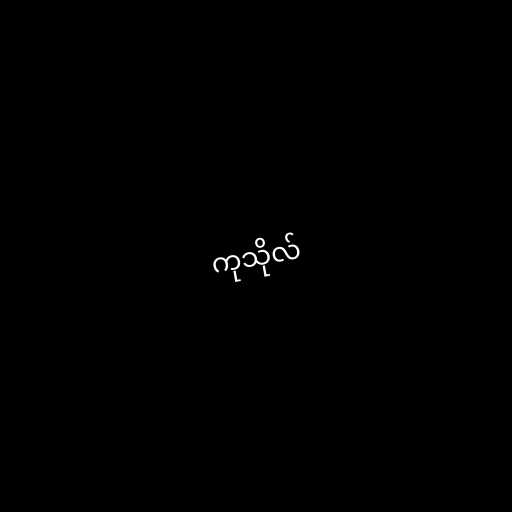
ကုသိုလ်